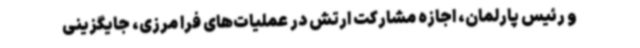
و رئیس پارلمان، اجازه مشارکت ارتش در عملیات‌های فرا مرزی، جایگزینی